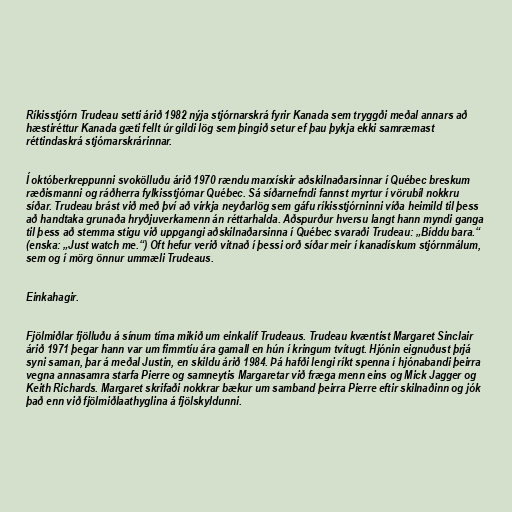
Ríkisstjórn Trudeau setti árið 1982 nýja stjórnarskrá fyrir Kanada sem tryggði meðal annars að
hæstiréttur Kanada gæti fellt úr gildi lög sem þingið setur ef þau þykja ekki samræmast
réttindaskrá stjórnarskrárinnar.

Í októberkreppunni svokölluðu árið 1970 rændu marxískir aðskilnaðarsinnar í Québec breskum
ræðismanni og ráðherra fylkisstjórnar Québec. Sá síðarnefndi fannst myrtur í vörubíl nokkru
síðar. Trudeau brást við með því að virkja neyðarlög sem gáfu ríkisstjórninni víða heimild til þess
að handtaka grunaða hryðjuverkamenn án réttarhalda. Aðspurður hversu langt hann myndi ganga
til þess að stemma stigu við uppgangi aðskilnaðarsinna í Québec svaraði Trudeau: „Bíddu bara.“
(enska: „Just watch me.“) Oft hefur verið vitnað í þessi orð síðar meir í kanadískum stjórnmálum,
sem og í mörg önnur ummæli Trudeaus.

Einkahagir.

Fjölmiðlar fjölluðu á sínum tíma mikið um einkalíf Trudeaus. Trudeau kvæntist Margaret Sinclair
árið 1971 þegar hann var um fimmtíu ára gamall en hún í kringum tvítugt. Hjónin eignuðust þrjá
syni saman, þar á meðal Justin, en skildu árið 1984. Þá hafði lengi ríkt spenna í hjónabandi þeirra
vegna annasamra starfa Pierre og samneytis Margaretar við fræga menn eins og Mick Jagger og
Keith Richards. Margaret skrifaði nokkrar bækur um samband þeirra Pierre eftir skilnaðinn og jók
það enn við fjölmiðlaathyglina á fjölskyldunni.